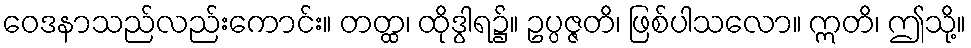
ဝေဒနာသည်လည်းကောင်း။ တတ္ထ၊ ထိုဒွါရ၌။ ဥပ္ပဇ္ဇတိ၊ ဖြစ်ပါသလော။ ဣတိ၊ ဤသို့။